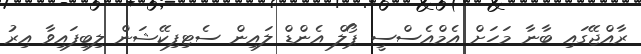
ރާއްޖޭގައި ބާނާ މަހަށް އެމްއެސްސީ ޕޯލް އެންޑް ލައިން ސެޓިފިކޭޝަން ލިބިފައިވާ އިރު